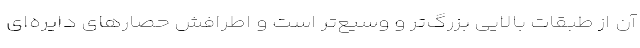
آن از طبقات بالایی بزرگ‌تر و وسیع‌تر است و اطرافش حصارهای دایره‌‌ای